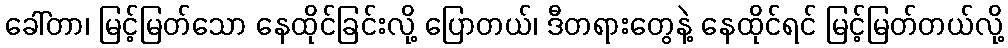
ခေါ်တာ၊ မြင့်မြတ်သော နေထိုင်ခြင်းလို့ ပြောတယ်၊ ဒီတရားတွေနဲ့ နေထိုင်ရင် မြင့်မြတ်တယ်လို့